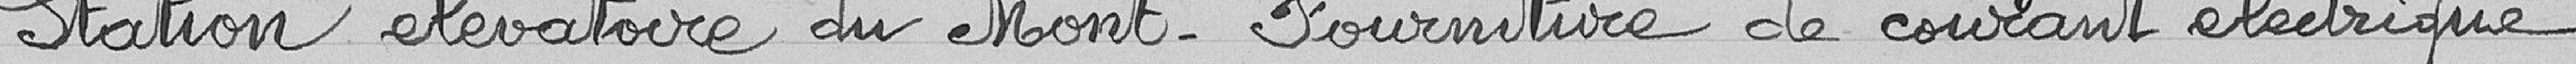
Station d'élévation du Mont - Fourniture de courant électrique